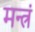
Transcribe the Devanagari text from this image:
मन्‍त्रं